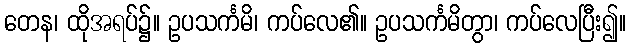
တေန၊ ထိုအရပ်၌။ ဥပသင်္ကမိ၊ ကပ်လေ၏။ ဥပသင်္ကမိတွာ၊ ကပ်လေပြီး၍။